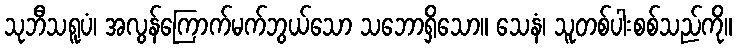
သုဘီသရူပံ၊ အလွန်ကြောက်မက်ဘွယ်သော သဘောရှိသော။ သေနံ၊ သူတစ်ပါးစစ်သည်ကို။